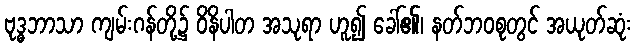
ဗုဒ္ဓဘာသာ ကျမ်းဂန်တို့၌ ဝိနိပါတ အသုရာ ဟူ၍ ခေါ်၏၊ နတ်ဘဝစုတွင် အယုတ်ဆုံး